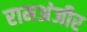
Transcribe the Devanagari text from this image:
रामअंजीर